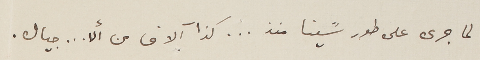
لما جرى على طور سًينا منذ ... كذا آلاف من ألا...جيال.